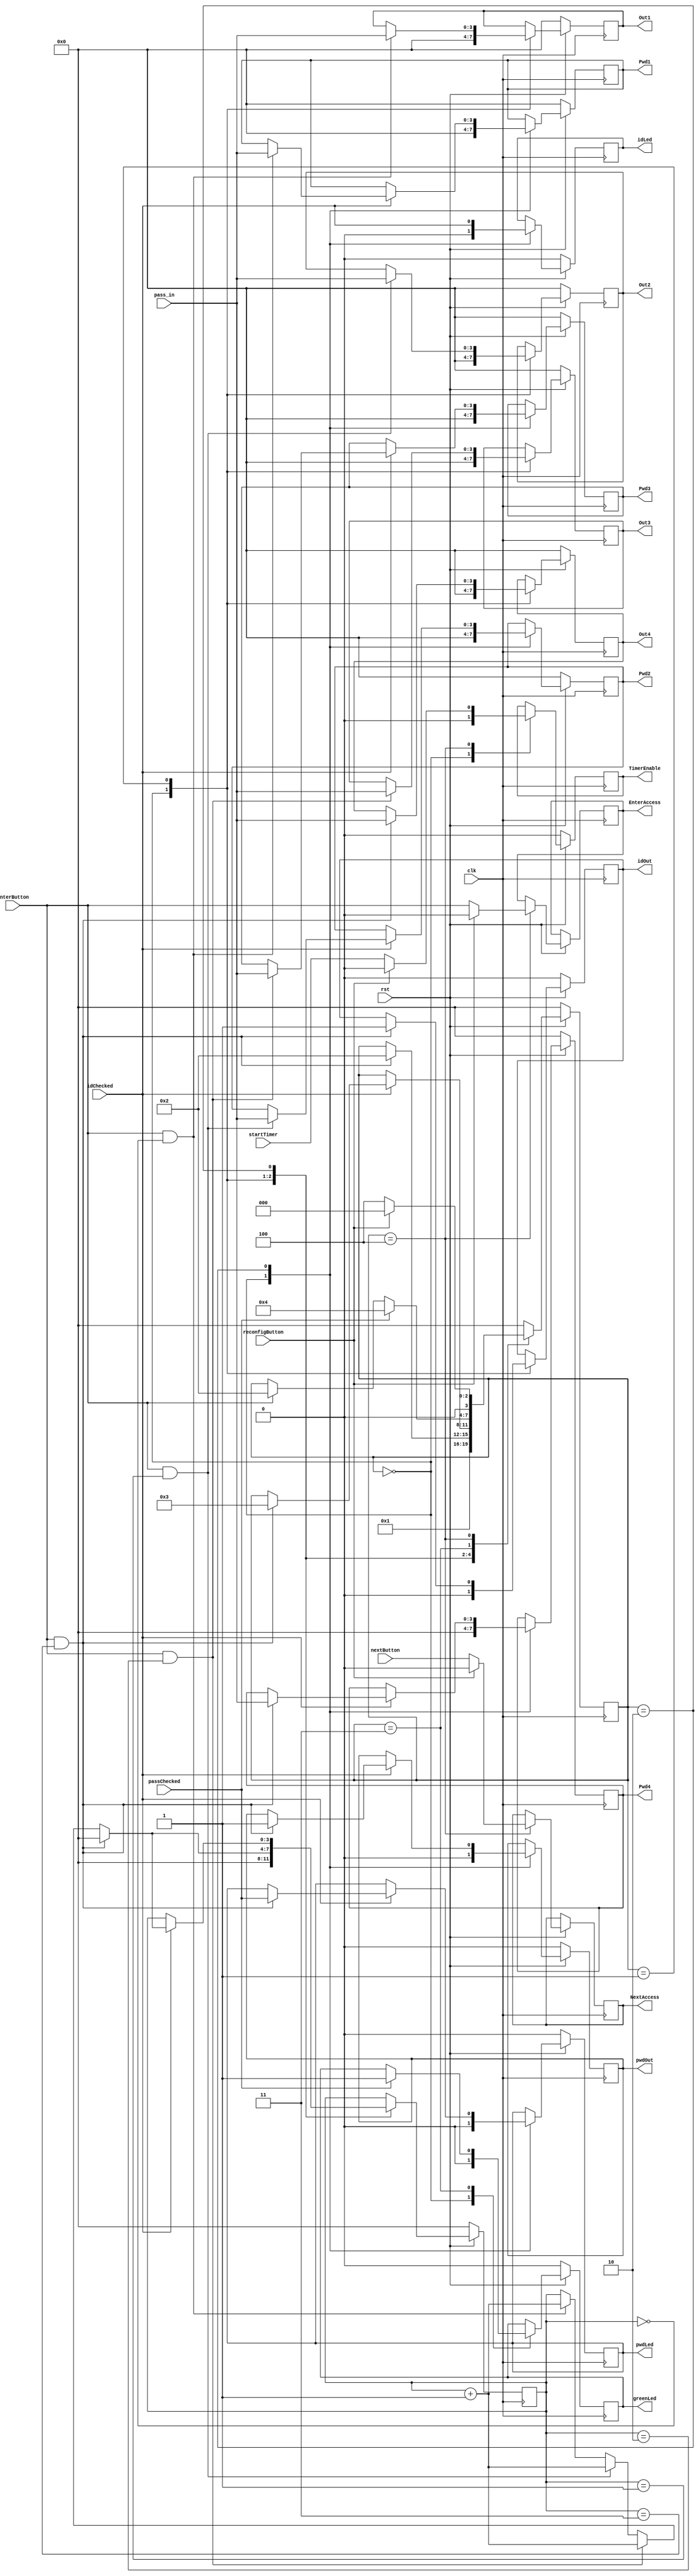
module accessController(clk, rst, idChecked, passChecked, enterButton, nextButton, reconfigButton, startTimer, pass_in, Out1, Out2, Out3, Out4,
                        Pwd1,  Pwd2, Pwd3, Pwd4, idOut, pwdOut, TimerEnable, EnterAccess, NextAccess, greenLed, idLed, pwdLed);
  input clk, rst, idChecked, passChecked, enterButton, nextButton, reconfigButton, startTimer;
  input [3:0] pass_in;
 
	
  output idOut, pwdOut, TimerEnable, EnterAccess, NextAccess, greenLed, idLed, pwdLed;
  reg idOut, pwdOut, TimerEnable, EnterAccess, NextAccess, greenLed, idLed, pwdLed;

  output [3:0] Out1, Out2, Out3, Out4, Pwd1,  Pwd2, Pwd3, Pwd4;
  reg [3:0] Out1, Out2, Out3, Out4, Pwd1,  Pwd2, Pwd3, Pwd4;

  parameter INITIAL = 0, ST1 = 1, ST2 = 2, ST3 = 3, ST4 = 4, ST5 = 5, ST6 = 6;
  reg [3:0] State, counter;
  
  always@(posedge clk)
  begin
    if(rst == 0)
    begin
      Out1 <= 4'h0;Out2 <= 4'h0;Out3 <= 4'h0;Out4 <= 4'h0;
      Pwd1 <= 4'h0;Pwd2 <= 4'h0;Pwd3 <= 4'h0;Pwd4 <= 4'h0;
      idOut <= 1'b0;
      pwdOut <= 1'b0;    
      counter <= 4'h0;
      TimerEnable <= 1'b0;
      greenLed <= 1'b0;idLed <= 1'b0;pwdLed <= 1'b0;   

      State <= INITIAL;
          
    end
    else
    begin
      case(State)
      INITIAL:
      begin
        Out1 <= 4'h0;Out2 <= 4'h0;Out3 <= 4'h0;Out4 <= 4'h0;
        Pwd1 <= 4'h0;Pwd2 <= 4'h0;Pwd3 <= 4'h0;Pwd4 <= 4'h0;
        idOut <= 1'b0;
        pwdOut <= 1'b0;    
        counter <= 4'h0;
        TimerEnable <= 1'b0;
        greenLed <= 1'b0;idLed <= 1'b0;pwdLed <= 1'b0;
			
        State <= ST1;
      end
      ST1:
      begin
        if(enterButton == 1 && counter == 4'h0)
        begin
          Out1 <= pass_in;
          counter <= counter + 1;
        end
        if(enterButton == 1 && counter == 4'h1)
        begin
          Out2 <= pass_in;
          counter <= counter + 1;
        end
        if(enterButton == 1 && counter == 4'h2)
        begin
          Out3 <= pass_in;
          counter <= counter + 1;
        end
        if(enterButton == 1 && counter == 4'h3)
        begin
          Out4 <= pass_in;
          counter <= 4'h0;
          idOut <= 1'b1;
          State <= ST2;
        end         
      end
      ST2:
      begin
		  idLed <= idChecked;
      if(idChecked == 1)
      begin
        if(enterButton == 1 && counter == 4'h0)
        begin
          Pwd1 <= pass_in;
          counter <= counter + 1;
        end
        if(enterButton == 1 && counter == 4'h1)
        begin
          Pwd2 <= pass_in;
          counter <= counter + 1;
        end
        if(enterButton == 1 && counter == 4'h2)
        begin
          Pwd3 <= pass_in;
          counter <= counter + 1;
        end
        if(enterButton == 1 && counter == 4'h3)
        begin
          Pwd4 <= pass_in;
          counter <= 4'h0;
          pwdOut <= 1'b1;
          State <= ST3;
          pwdLed <= passChecked;
        end
      end
      
      end
      ST3:
      begin
        if(passChecked == 1)
        begin
          State <= ST4;
          greenLed <= 1'b1;
        end
        else if(enterButton == 1)
        begin 
          State <= ST2;
        end
      end

      ST4:
      begin
			TimerEnable <= startTimer;
        EnterAccess <= enterButton;
        NextAccess <= nextButton;
       
        if(reconfigButton == 1)
        begin
          State <= INITIAL;
			 
			 TimerEnable <= 1'b0;
        EnterAccess <= 1'b0;
        NextAccess <= 1'b0;
        end
        else
        begin
          State <= ST4;
        end
      end 
      default:begin State <= INITIAL; end      

      endcase
    end
  end
endmodule